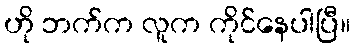
ဟို ဘက်က လူက ကိုင်နေပါပြီ။